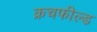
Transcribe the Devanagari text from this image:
क्रचफील्ड